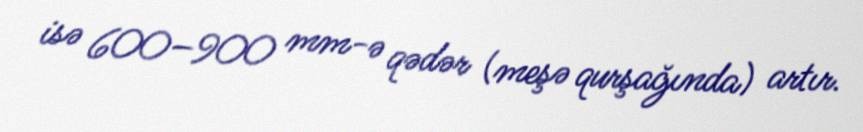
isə 600–900 mm-ə qədər (meşə qurşağında) artır.